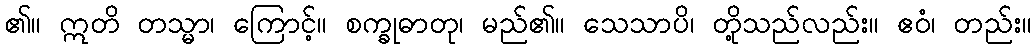
၏။ ဣတိ တသ္မာ၊ ကြောင့်။ စက္ခုဓာတု၊ မည်၏။ သေသာပိ၊ တို့သည်လည်း။ ဧဝံ၊ တည်း။